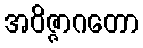
အဝိဇ္ဇာဂတော